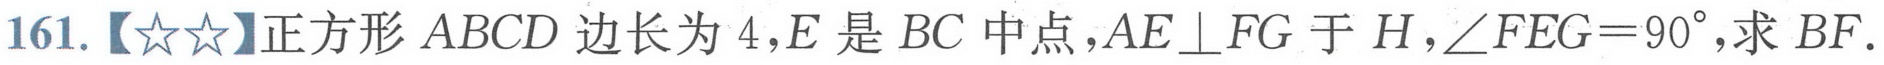
161.【☆☆】正方形\(ABCD\)边长为\(4\)，\(E\)是\(BC\)中点，\(AE\perp FG\)于\(H\)，\(\angle FEG = 90^{\circ}\)，求\(BF\).